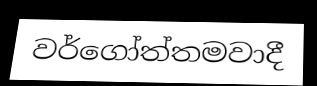
වර්ගෝත්තමවාදී